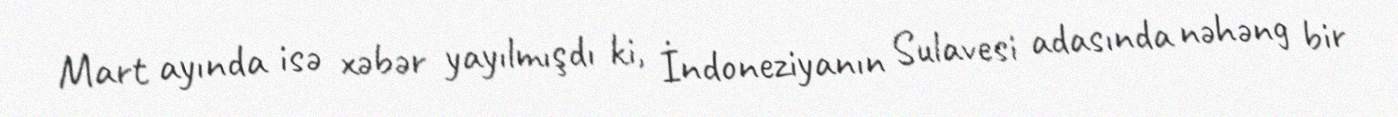
Mart ayında isə xəbər yayılmışdı ki, İndoneziyanın Sulavesi adasında nəhəng bir